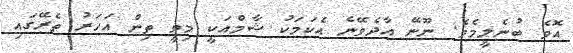
އޮވެ ބުނެލީމެވެ. ނޫނޭ އާދެވޭނެ އެކަމަކު ޝާމްއަކީ މިވީ ތިން އަހަރު ތެރޭގައި